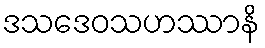
ဒသဒေဝသဟဿာနိ